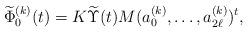
LaTeX: \begin{align*} \widetilde \Phi_0^{(k)}(t)=K\widetilde\Upsilon(t)M(a_0^{(k)},\ldots,a_{2\ell}^{(k)})^t, \end{align*}